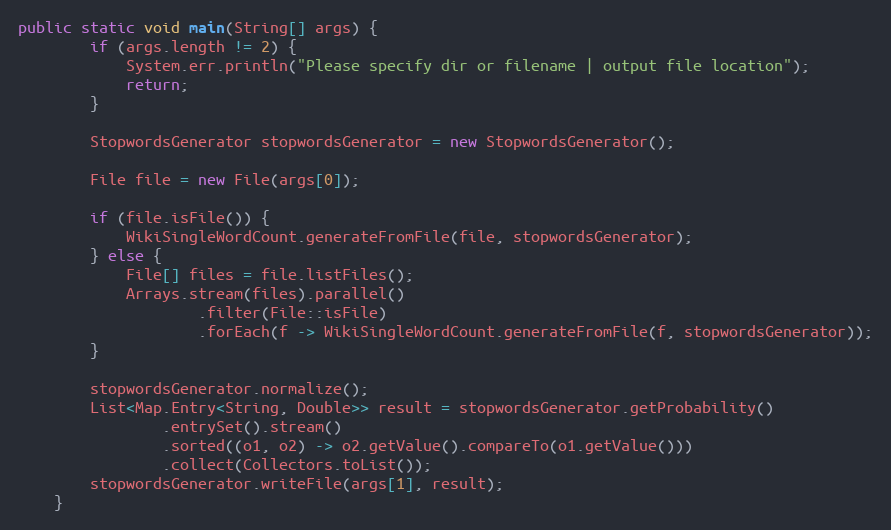
Language: Java
public static void main(String[] args) {
        if (args.length != 2) {
            System.err.println("Please specify dir or filename | output file location");
            return;
        }

        StopwordsGenerator stopwordsGenerator = new StopwordsGenerator();

        File file = new File(args[0]);

        if (file.isFile()) {
            WikiSingleWordCount.generateFromFile(file, stopwordsGenerator);
        } else {
            File[] files = file.listFiles();
            Arrays.stream(files).parallel()
                    .filter(File::isFile)
                    .forEach(f -> WikiSingleWordCount.generateFromFile(f, stopwordsGenerator));
        }

        stopwordsGenerator.normalize();
        List<Map.Entry<String, Double>> result = stopwordsGenerator.getProbability()
                .entrySet().stream()
                .sorted((o1, o2) -> o2.getValue().compareTo(o1.getValue()))
                .collect(Collectors.toList());
        stopwordsGenerator.writeFile(args[1], result);
    }